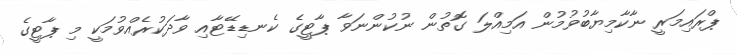
ޕްރައިމަރީ ނާކާމިޔާބުވުމުން އަމިއްލަ ގޮތުން ނުކުންނަވާ ޕާޓީގެ ކެނޑިޑޭޓާއި ވާދަކުރެއްވުމަކީ މި ޕާޓީގެ